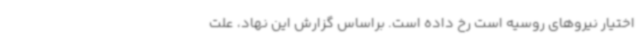
اختیار نیروهای روسیه است رخ داده است. براساس گزارش این نهاد، علت